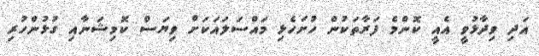
އަދި ވިދާޅުވީ އެއީ ކޮންމެ ފަރާތަކުން ހުށަހެޅި މައްސަލައަކަށް ވިޔަސް ކޮމިޝަނާއި ގުޅުންހުރި